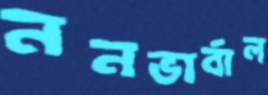
ননভার্বাল